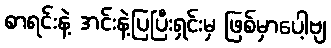
စာရင်းနဲ့ အင်းနဲ့ပြပြီးရှင်းမှ ဖြစ်မှာပေါ့ဗျ